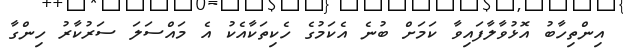
އިންތިހާބު އޮޅުވާލާފައިވާ ކަމަށް ބުނެ އެކަމުގެ ހެކިތަކާއެކު އެ މައްސަލަ ސަރުކާރު ހިންގާ